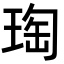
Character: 𭹟